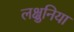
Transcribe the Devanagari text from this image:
लक्षुनिया